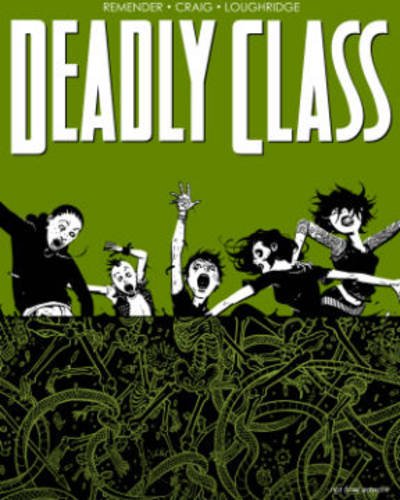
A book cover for Deadly Class Volume 3: The Snake Pit (Deadly Class Tp); Rick Remender; Comics & Graphic Novels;